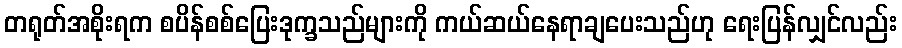
တရုတ်အစိုးရက စပိန်စစ်ပြေးဒုက္ခသည်များကို ကယ်ဆယ်နေရာချပေးသည်ဟု ရေးပြန်လျှင်လည်း